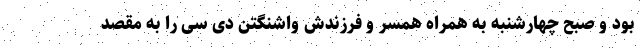
بود و صبح چهارشنبه به همراه همسر و فرزندش واشنگتن دی سی را به مقصد